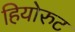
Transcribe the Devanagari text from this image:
हियोरुट